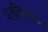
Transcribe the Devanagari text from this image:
पतत्त्रिपतिना